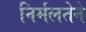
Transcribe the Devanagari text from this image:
निर्मलतेने